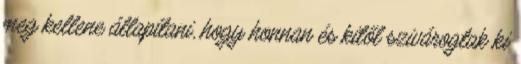
meg kellene állapítani, hogy honnan és kitől szivárogtak ki